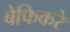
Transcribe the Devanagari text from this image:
बेफिकरे